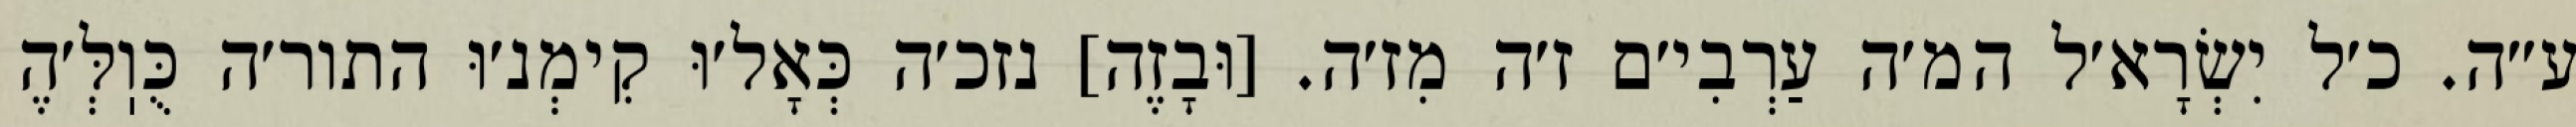
ע״ה. כ׳ל יִשְׂרָא׳ל המ׳ה עַרְבִי׳ם ז׳ה מִז׳ה. [וּבָזֶה] נזכ׳ה כְּאָל׳וּ קִימְנ׳וּ התור׳ה כֻּוֽלְּ׳הֶ